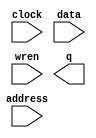
// megafunction wizard: %RAM: 1-PORT%VBB%
// GENERATION: STANDARD
// VERSION: WM1.0
// MODULE: altsyncram 

// ============================================================
// Megafunction Name(s):
// 			altsyncram
//
// Simulation Library Files(s):
// 			altera_mf
// ============================================================
// ************************************************************
// THIS IS A WIZARD-GENERATED FILE. DO NOT EDIT THIS FILE!
//
// 9.0 Build 132 02/25/2009 SJ Full Version
// ************************************************************

//Copyright (C) 1991-2009 Altera Corporation
//Your use of Altera Corporation's design tools, logic functions 
//and other software and tools, and its AMPP partner logic 
//functions, and any output files from any of the foregoing 
//(including device programming or simulation files), and any 
//associated documentation or information are expressly subject 
//to the terms and conditions of the Altera Program License 
//Subscription Agreement, Altera MegaCore Function License 
//Agreement, or other applicable license agreement, including, 
//without limitation, that your use is for the sole purpose of 
//programming logic devices manufactured by Altera and sold by 
//Altera or its authorized distributors.  Please refer to the 
//applicable agreement for further details.

module ram_test2 (
	address,
	clock,
	data,
	wren,
	q);

	input	[12:0]  address;
	input	  clock;
	input	[15:0]  data;
	input	  wren;
	output	[15:0]  q;

endmodule

// ============================================================
// CNX file retrieval info
// ============================================================
// Retrieval info: PRIVATE: ADDRESSSTALL_A NUMERIC "0"
// Retrieval info: PRIVATE: AclrAddr NUMERIC "0"
// Retrieval info: PRIVATE: AclrByte NUMERIC "0"
// Retrieval info: PRIVATE: AclrData NUMERIC "0"
// Retrieval info: PRIVATE: AclrOutput NUMERIC "0"
// Retrieval info: PRIVATE: BYTE_ENABLE NUMERIC "0"
// Retrieval info: PRIVATE: BYTE_SIZE NUMERIC "8"
// Retrieval info: PRIVATE: BlankMemory NUMERIC "1"
// Retrieval info: PRIVATE: CLOCK_ENABLE_INPUT_A NUMERIC "0"
// Retrieval info: PRIVATE: CLOCK_ENABLE_OUTPUT_A NUMERIC "0"
// Retrieval info: PRIVATE: Clken NUMERIC "0"
// Retrieval info: PRIVATE: DataBusSeparated NUMERIC "1"
// Retrieval info: PRIVATE: IMPLEMENT_IN_LES NUMERIC "0"
// Retrieval info: PRIVATE: INIT_FILE_LAYOUT STRING "PORT_A"
// Retrieval info: PRIVATE: INIT_TO_SIM_X NUMERIC "0"
// Retrieval info: PRIVATE: INTENDED_DEVICE_FAMILY STRING "Stratix II"
// Retrieval info: PRIVATE: JTAG_ENABLED NUMERIC "1"
// Retrieval info: PRIVATE: JTAG_ID STRING "01"
// Retrieval info: PRIVATE: MAXIMUM_DEPTH NUMERIC "0"
// Retrieval info: PRIVATE: MIFfilename STRING ""
// Retrieval info: PRIVATE: NUMWORDS_A NUMERIC "8192"
// Retrieval info: PRIVATE: RAM_BLOCK_TYPE NUMERIC "2"
// Retrieval info: PRIVATE: READ_DURING_WRITE_MODE_PORT_A NUMERIC "3"
// Retrieval info: PRIVATE: RegAddr NUMERIC "1"
// Retrieval info: PRIVATE: RegData NUMERIC "1"
// Retrieval info: PRIVATE: RegOutput NUMERIC "1"
// Retrieval info: PRIVATE: SYNTH_WRAPPER_GEN_POSTFIX STRING "0"
// Retrieval info: PRIVATE: SingleClock NUMERIC "1"
// Retrieval info: PRIVATE: UseDQRAM NUMERIC "1"
// Retrieval info: PRIVATE: WRCONTROL_ACLR_A NUMERIC "0"
// Retrieval info: PRIVATE: WidthAddr NUMERIC "13"
// Retrieval info: PRIVATE: WidthData NUMERIC "16"
// Retrieval info: PRIVATE: rden NUMERIC "0"
// Retrieval info: CONSTANT: CLOCK_ENABLE_INPUT_A STRING "BYPASS"
// Retrieval info: CONSTANT: CLOCK_ENABLE_OUTPUT_A STRING "BYPASS"
// Retrieval info: CONSTANT: INTENDED_DEVICE_FAMILY STRING "Stratix II"
// Retrieval info: CONSTANT: LPM_HINT STRING "ENABLE_RUNTIME_MOD=YES,INSTANCE_NAME=01"
// Retrieval info: CONSTANT: LPM_TYPE STRING "altsyncram"
// Retrieval info: CONSTANT: NUMWORDS_A NUMERIC "8192"
// Retrieval info: CONSTANT: OPERATION_MODE STRING "SINGLE_PORT"
// Retrieval info: CONSTANT: OUTDATA_ACLR_A STRING "NONE"
// Retrieval info: CONSTANT: OUTDATA_REG_A STRING "CLOCK0"
// Retrieval info: CONSTANT: POWER_UP_UNINITIALIZED STRING "FALSE"
// Retrieval info: CONSTANT: RAM_BLOCK_TYPE STRING "M4K"
// Retrieval info: CONSTANT: WIDTHAD_A NUMERIC "13"
// Retrieval info: CONSTANT: WIDTH_A NUMERIC "16"
// Retrieval info: CONSTANT: WIDTH_BYTEENA_A NUMERIC "1"
// Retrieval info: USED_PORT: address 0 0 13 0 INPUT NODEFVAL address[12..0]
// Retrieval info: USED_PORT: clock 0 0 0 0 INPUT NODEFVAL clock
// Retrieval info: USED_PORT: data 0 0 16 0 INPUT NODEFVAL data[15..0]
// Retrieval info: USED_PORT: q 0 0 16 0 OUTPUT NODEFVAL q[15..0]
// Retrieval info: USED_PORT: wren 0 0 0 0 INPUT NODEFVAL wren
// Retrieval info: CONNECT: @address_a 0 0 13 0 address 0 0 13 0
// Retrieval info: CONNECT: q 0 0 16 0 @q_a 0 0 16 0
// Retrieval info: CONNECT: @clock0 0 0 0 0 clock 0 0 0 0
// Retrieval info: CONNECT: @data_a 0 0 16 0 data 0 0 16 0
// Retrieval info: CONNECT: @wren_a 0 0 0 0 wren 0 0 0 0
// Retrieval info: LIBRARY: altera_mf altera_mf.altera_mf_components.all
// Retrieval info: GEN_FILE: TYPE_NORMAL ram_test2.v TRUE
// Retrieval info: GEN_FILE: TYPE_NORMAL ram_test2.inc FALSE
// Retrieval info: GEN_FILE: TYPE_NORMAL ram_test2.cmp FALSE
// Retrieval info: GEN_FILE: TYPE_NORMAL ram_test2.bsf TRUE FALSE
// Retrieval info: GEN_FILE: TYPE_NORMAL ram_test2_inst.v TRUE
// Retrieval info: GEN_FILE: TYPE_NORMAL ram_test2_bb.v TRUE
// Retrieval info: GEN_FILE: TYPE_NORMAL ram_test2_waveforms.html TRUE
// Retrieval info: GEN_FILE: TYPE_NORMAL ram_test2_wave*.jpg FALSE
// Retrieval info: LIB_FILE: altera_mf